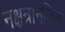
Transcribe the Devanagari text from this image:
नक्षत्रानजिक